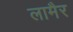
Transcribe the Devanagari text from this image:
लामैर